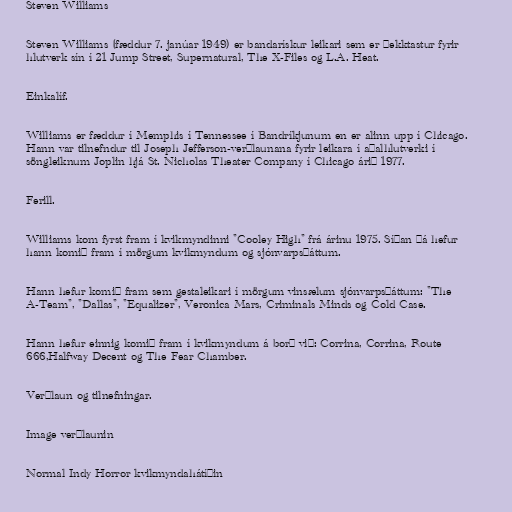
Steven Williams

Steven Williams (fæddur 7. janúar 1949) er bandarískur leikari sem er þekktastur fyrir
hlutverk sín í 21 Jump Street, Supernatural, The X-Files og L.A. Heat.

Einkalíf.

Williams er fæddur í Memphis í Tennessee í Bandríkjunum en er alinn upp í Chicago.
Hann var tilnefndur til Joseph Jefferson-verðlaunana fyrir leikara í aðalhlutverki í
söngleiknum Joplin hjá St. Nicholas Theater Company í Chicago árið 1977.

Ferill.

Williams kom fyrst fram í kvikmyndinni "Cooley High" frá árinu 1975. Síðan þá hefur
hann komið fram í mörgum kvikmyndum og sjónvarpsþáttum.

Hann hefur komið fram sem gestaleikari í mörgum vinsælum sjónvarpsþáttum: "The
A-Team", "Dallas", "Equalizer", Veronica Mars, Criminals Minds og Cold Case.

Hann hefur einnig komið fram í kvikmyndum á borð við: Corrina, Corrina, Route
666,Halfway Decent og The Fear Chamber.

Verðlaun og tilnefningar.

Image verðlaunin

Normal Indy Horror kvikmyndahátíðin